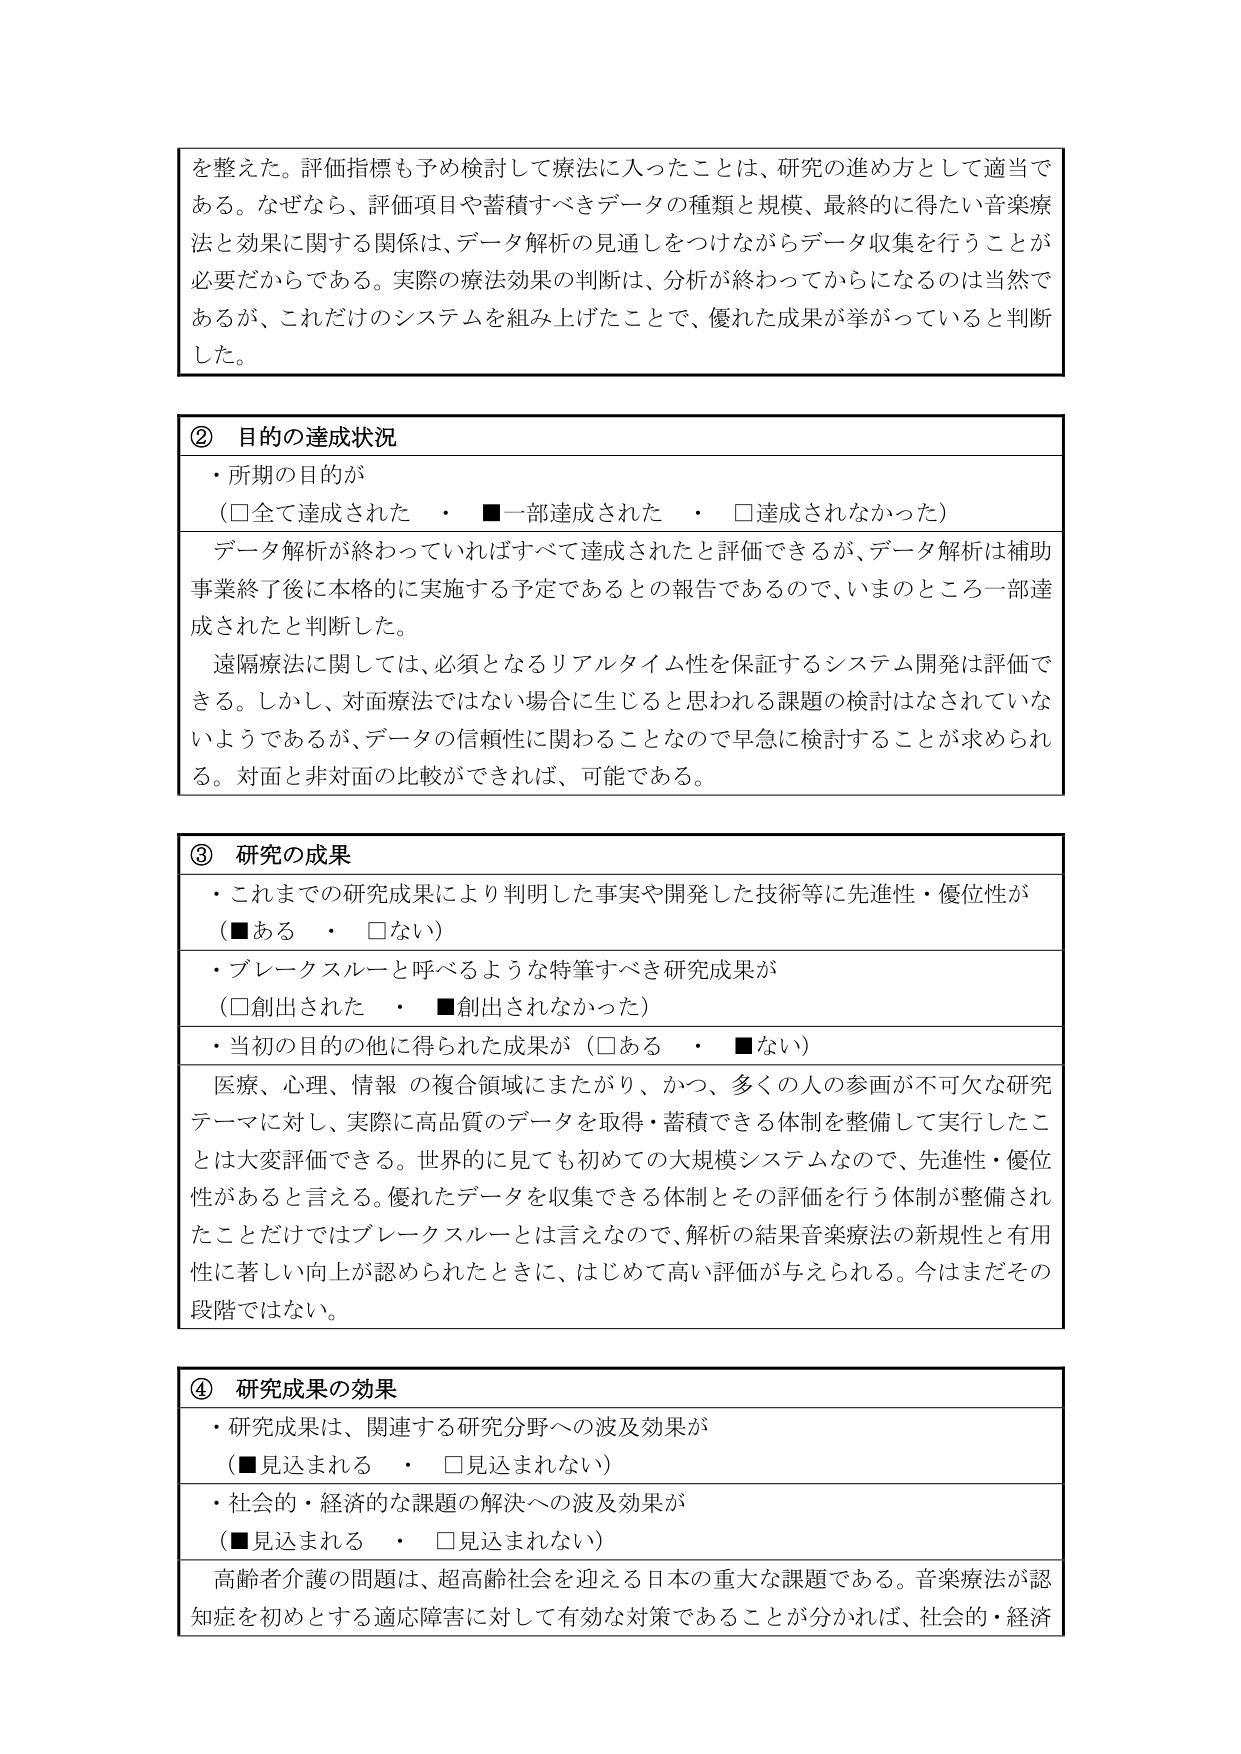
を整えた。評価指標も予め検討して療法に入ったことは、研究の進め方として適当である。なぜなら、評価項目や蓄積すべきデータの種類と規模、最終的に得たい音楽療法と効果に関する関係は、データ解析の見通しをつけながらデータ収集を行うことが必要だからである。実際の療法効果の判断は、分析が終わってからになるのは当然であるが、これだけのシステムを組み上げたことで、優れた成果が挙がっていると判断した。

② 目的の達成状況
・所期の目的が
（□全て達成された　・　■一部達成された　・　□達成されなかった）
データ解析が終わっていればすべて達成されたと評価できるが、データ解析は補助事業終了後に本格的に実施する予定であるとの報告であるので、いまのところ一部達成されたと判断した。
遠隔療法に関しては、必須となるリアルタイム性を保証するシステム開発は評価できる。しかし、対面療法ではない場合に生じると思われる課題の検討はなされていないようであるが、データの信頼性に関わることなので早急に検討することが求められる。対面と非対面の比較ができれば、可能である。

③ 研究の成果
・これまでの研究成果により判明した事実や開発した技術等に先進性・優位性が
（■ある　・　□ない）
・ブレークスルーと呼べるような特筆すべき研究成果が
（□創出された　・　■創出されなかった）
・当初の目的の他に得られた成果が（□ある　・　■ない）
医療、心理、情報 の複合領域にまたがり、かつ、多くの人の参画が不可欠な研究テーマに対し、実際に高品質のデータを取得・蓄積できる体制を整備して実行したことは大変評価できる。世界的に見ても初めての大規模システムなので、先進性・優位性があると言える。優れたデータを収集できる体制とその評価を行う体制が整備されたことだけではブレークスルーとは言えないので、解析の結果音楽療法の新規性と有用性に著しい向上が認められたときに、はじめて高い評価が与えられる。今はまだその段階ではない。

④ 研究成果の効果
・研究成果は、関連する研究分野への波及効果が
（■見込まれる　・　□見込まれない）
・社会的・経済的な課題の解決への波及効果が
（■見込まれる　・　□見込まれない）
高齢者介護の問題は、超高齢社会を迎える日本の重大な課題である。音楽療法が認知症を初めとする適応障害に対して有効な対策であることが分かれば、社会的・経済